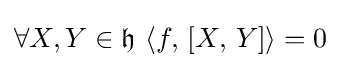
\forall X,Y\in {\mathfrak {h}}\ \langle f,\,[X,\,Y]\rangle =0